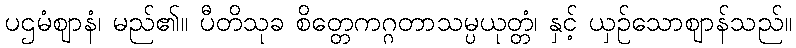
ပဌမံဈာနံ၊ မည်၏။ ပီတိသုခ စိတ္တေကဂ္ဂတာသမ္ပယုတ္တံ၊ နှင့် ယှဉ်သောဈာန်သည်။